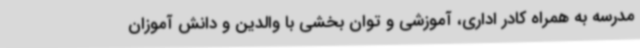
مدرسه به همراه کادر اداری، آموزشی و توان بخشی با والدین و دانش آموزان